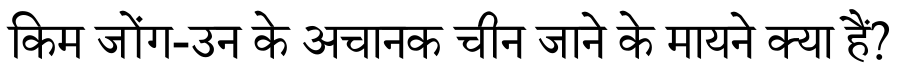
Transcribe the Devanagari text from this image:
किम जोंग-उन के अचानक चीन जाने के मायने क्या हैं?